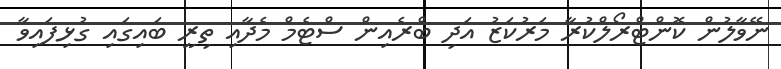
ނޭވާލުން ކޮންޓްރޯލްކުރާ މަރުކަޒު އަދި ބްރެއިން ސްޓެމް މެދާއި ތިރީ ބައިގައި ގުޅިފައިވާ